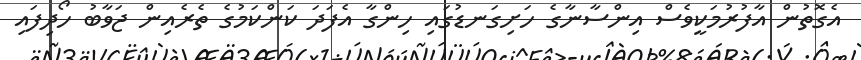
އެގޮތުން އާފުރުމަކީވެސް އިންސާނާގެ ހަށިގަނޑުގައި ހިންގާ އެފަދަ ކަންކަމުގެ ތެރެއިން ޖަވާބު ހޯދިފައި